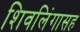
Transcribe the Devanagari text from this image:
शिवलिंगासह